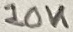
Text: 10K